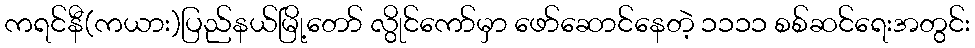
ကရင်နီ(ကယား)ပြည်နယ်မြို့တော် လွိုင်ကော်မှာ ဖော်ဆောင်နေတဲ့ ၁၁၁၁ စစ်ဆင်ရေးအတွင်း